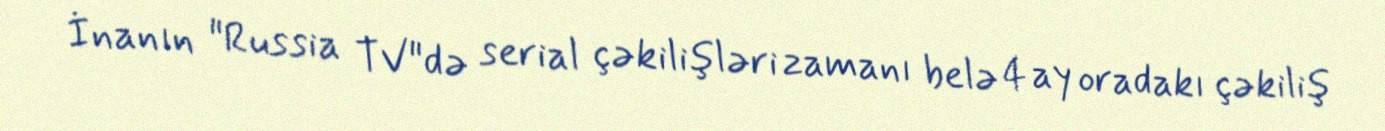
İnanın "Russia TV"də serial çəkilişləri zamanı belə 4 ay oradakı çəkiliş